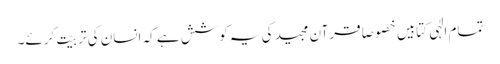
تمام الٰہی کتابیں خصوصًا قرآن مجید کی یہ کوشش ہے کہ انسان کی تربیّت کرئے۔